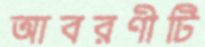
আবরণীটি